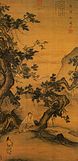
一为迁客去长沙，西望长安不见家。